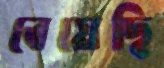
বেয়েছি